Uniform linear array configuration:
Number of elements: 48
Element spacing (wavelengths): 1
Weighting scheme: hann
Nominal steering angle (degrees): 15
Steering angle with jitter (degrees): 13.499
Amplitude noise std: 0.05
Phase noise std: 0.05

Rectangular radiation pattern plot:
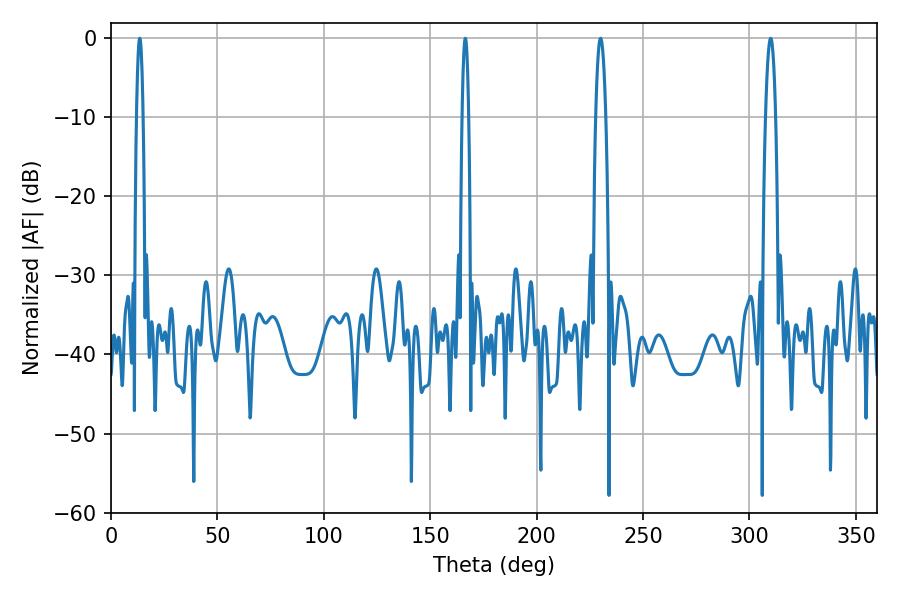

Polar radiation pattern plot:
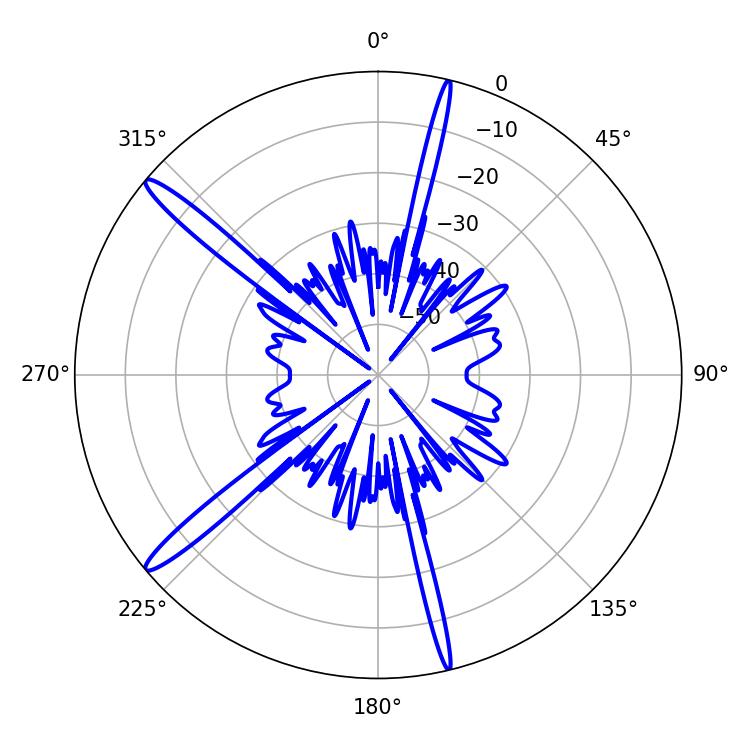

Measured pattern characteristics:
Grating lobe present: TRUE
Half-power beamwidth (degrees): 2.52
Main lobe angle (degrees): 230.04